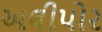
અલીપોર